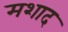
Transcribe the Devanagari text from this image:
मशाद